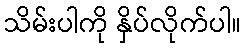
သိမ်းပါကို နှိပ်လိုက်ပါ။